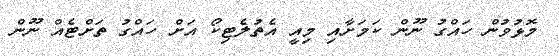
މޮޅުވުން ހައްގު ނޫން ކަމަށާއި މިއީ އެތުލެޓިކޯ އަށް ހައްގު ތަށްޓެއް ނޫން